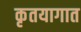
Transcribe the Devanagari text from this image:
कृतयागात